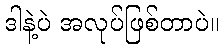
ဒါနဲ့ပဲ အလုပ်ဖြစ်တာပဲ။